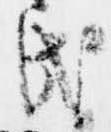
氏